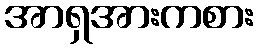
အာရှအားကစား